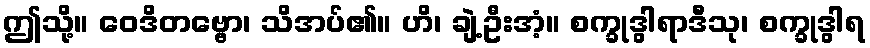
ဤသို့။ ဝေဒိတဗ္ဗော၊ သိအပ်၏။ ဟိ၊ ချဲ့ဦးအံ့။ စက္ခုဒွါရာဒီသု၊ စက္ခုဒွါရ